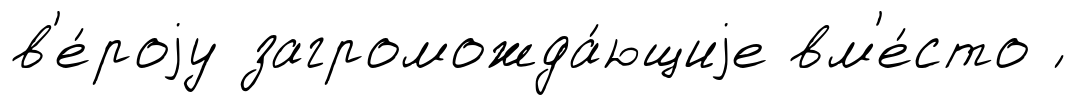
в'е́роjу загроможда́ющиjе вм'е́сто ́